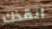
انقذك